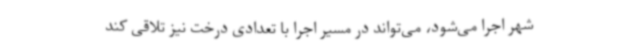
شهر اجرا می‌شود، می‌تواند در مسیر اجرا با تعدادی درخت نیز تلاقی کند